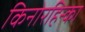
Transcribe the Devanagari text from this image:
किनोरहिन्का